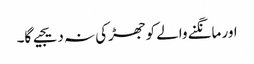
اور مانگنے والے کو جھڑکی نہ دیجیے گا۔